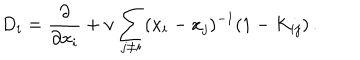
D _ { i } = \frac { \partial } { \partial x _ { i } } + \nu \sum _ { j \neq i } ( x _ { i } - x _ { j } ) ^ { - 1 } ( 1 - K _ { i j } ) \, .